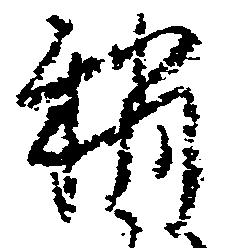
稍